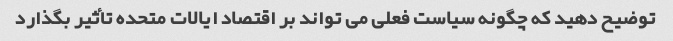
توضیح دهید که چگونه سیاست فعلی می تواند بر اقتصاد ایالات متحده تأثیر بگذارد